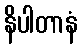
နိပါတာနံ